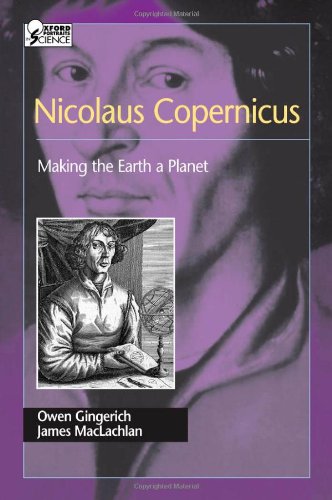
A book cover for Nicolaus Copernicus: Making the Earth a Planet; Owen Gingerich; Teen & Young Adult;